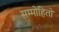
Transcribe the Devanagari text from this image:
सम्मोहितो